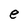
Character: e